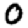
Digit: 0